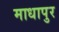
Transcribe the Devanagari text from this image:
माधापुर